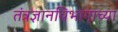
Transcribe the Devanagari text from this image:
तंत्रज्ञानविभागाच्या